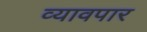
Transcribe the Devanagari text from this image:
व्यावपार